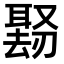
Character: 𪠱